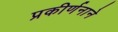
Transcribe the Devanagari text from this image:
प्रकीर्णनाने